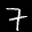
Label: 7